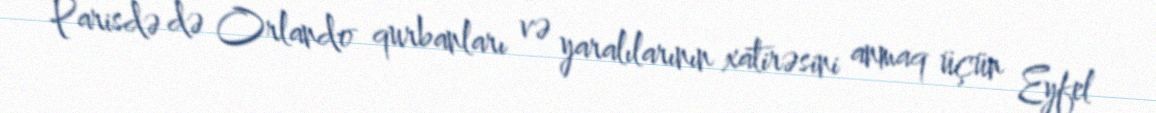
Parisdə də Orlando qurbanları və yaralılarının xatirəsini anmaq üçün Eyfel